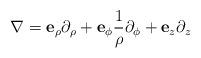
LaTeX: \begin{align*}\nabla=\mathbf{e}_{\rho}\partial_{\rho}+\mathbf{e}_{\phi}\frac{1}{\rho}\partial_{\phi}+\mathbf{e}_{z}\partial_{z}\end{align*}